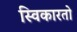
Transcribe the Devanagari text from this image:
स्विकारतो